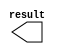
module com_cm_1000 (
	result);

	output	[17:0]  result;

endmodule